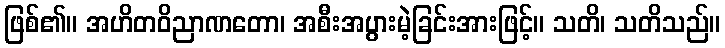
ဖြစ်၏။ အဟိတဝိညာဏတော၊ အစီးအပွားမဲ့ခြင်းအားဖြင့်။ သတိ၊ သတိသည်။